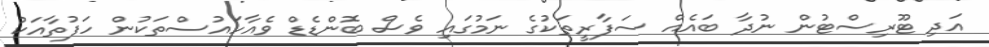
އަދި ޓޫރިސްޓުން ނުދާ ބައެއް ސަފާރީތަކުގެ ނަމުގައި ވެސް ބޮންޑެޑް ވެއާހައުސްތަކުން ހަފުތާއަކު